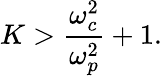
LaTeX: K>\frac{\omega_{c}^{2}}{\omega_{p}^{2}}+1.